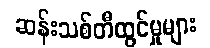
ဆန်းသစ်တီထွင်မှုများ